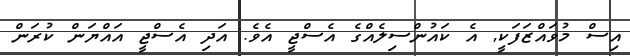
އިސް މުވައްޒަފަކީ